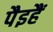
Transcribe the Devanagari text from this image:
पैइहैं